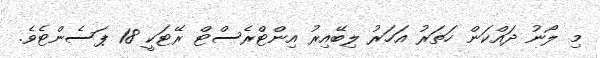
މި ލޯނު ދައްކަން ހަތަރު އަހަރު ލިބޭއިރު އިންޓްރެސްޓް ރޭޓަކީ 18 ޕަސެންޓެވެ.